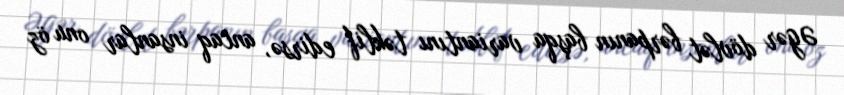
Əgər dövlət bərpanın başqa variantını təklif edirsə, ancaq insanlar onu öz